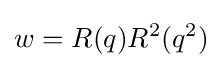
w=R(q)R^{2}(q^{2})